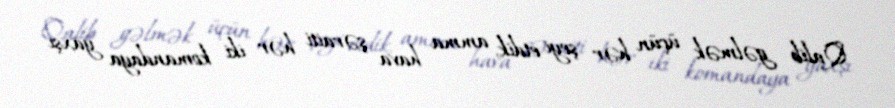
Qalib gəlmək üçün hər şeyi etdik, amma hava şəraiti hər iki komandaya yaxşı